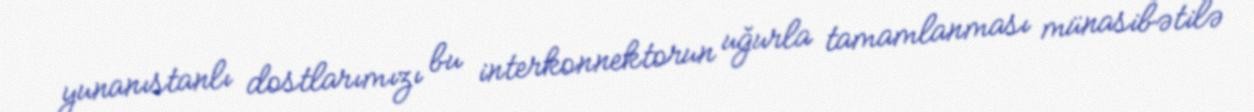
yunanıstanlı dostlarımızı bu interkonnektorun uğurla tamamlanması münasibətilə